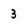
Character: 3